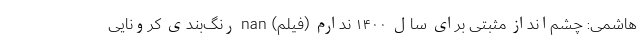
هاشمی: چشم‌انداز مثبتی برای سال ۱۴۰۰ ندارم (فیلم) nan رنگ‌بندی کرونایی